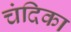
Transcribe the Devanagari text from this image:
चंदिका